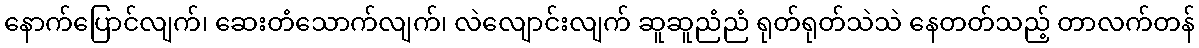
နောက်ပြောင်လျက်၊ ဆေးတံသောက်လျက်၊ လဲလျောင်းလျက် ဆူဆူညံညံ ရုတ်ရုတ်သဲသဲ နေတတ်သည့် တာလက်တန်